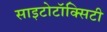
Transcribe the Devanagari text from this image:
साइटोटॉक्सिटी